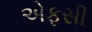
એફસી